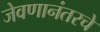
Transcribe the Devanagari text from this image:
जेवणानंतरचे